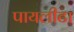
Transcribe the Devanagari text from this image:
पायलीटा